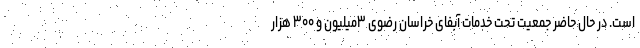
است. در حال حاضر جمعیت تحت خدمات آبفای خراسان رضوی ۳میلیون و ۳۰۰ هزار